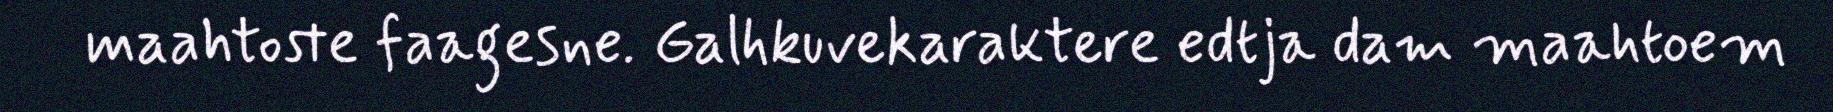
maahtoste faagesne. Galhkuvekaraktere edtja dam maahtoem